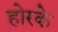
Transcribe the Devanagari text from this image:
होरके